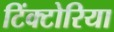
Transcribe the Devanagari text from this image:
टिंक्टोरिया